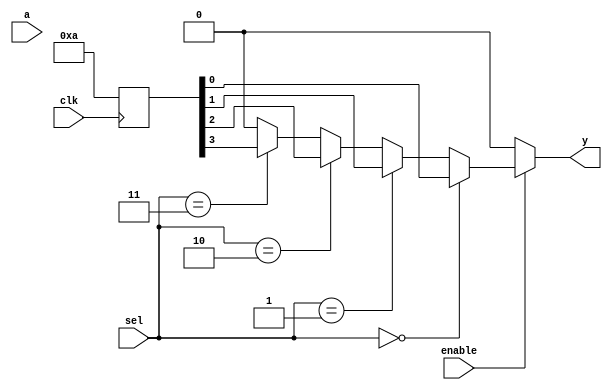
module CLB (
    input wire [3:0] a,        // 4-bit input for LUT
    input wire [1:0] sel,      // 2-bit select signal for MUX
    input wire enable,          // Enable signal for the logic cell
    input wire clk,             // Clock (if needed for synchronous designs)
    output wire y               // Output port
);

// LUT configuration - Example LUT implementation
reg [15:0] lut;  // 4-input LUT can implement 16 configurations

// MUX to select the output based on `sel`
wire [1:0] mux_out; // MUX output signal
assign mux_out = (sel == 2'b00) ? lut[0] :
                 (sel == 2'b01) ? lut[1] :
                 (sel == 2'b10) ? lut[2] :
                 (sel == 2'b11) ? lut[3] : 1'b0;

// Whether or not the LUT output is enabled
assign y = enable ? mux_out : 1'b0;

// Configuration logic for LUT - This part can be programmed
always @(posedge clk) begin
    lut <= 16'b1010101010101010;  // Example LUT configuration, can be programmed externally
end

endmodule